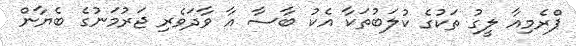
ޕްރެމިއާ ލީގު ތަކުގެ ކުލަބުތަކާ އެކު ބާސާ އާ ވާދަވެރި ޖަރުމަނުގެ ބެޔާން